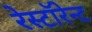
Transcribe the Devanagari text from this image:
रेस्टॉरेन्ट